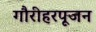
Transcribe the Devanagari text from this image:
गौरीहरपूजन